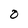
Character: O